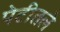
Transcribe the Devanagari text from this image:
पेटीतले